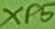
Text: XP5